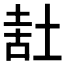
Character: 𰉷